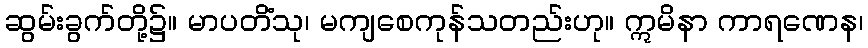
ဆွမ်းခွက်တို့၌။ မာပတိံသု၊ မကျစေကုန်သတည်းဟု။ ဣမိနာ ကာရဏေန၊